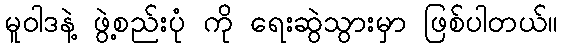
မူဝါဒနဲ့ ဖွဲ့စည်းပုံ ကို ရေးဆွဲသွားမှာ ဖြစ်ပါတယ်။